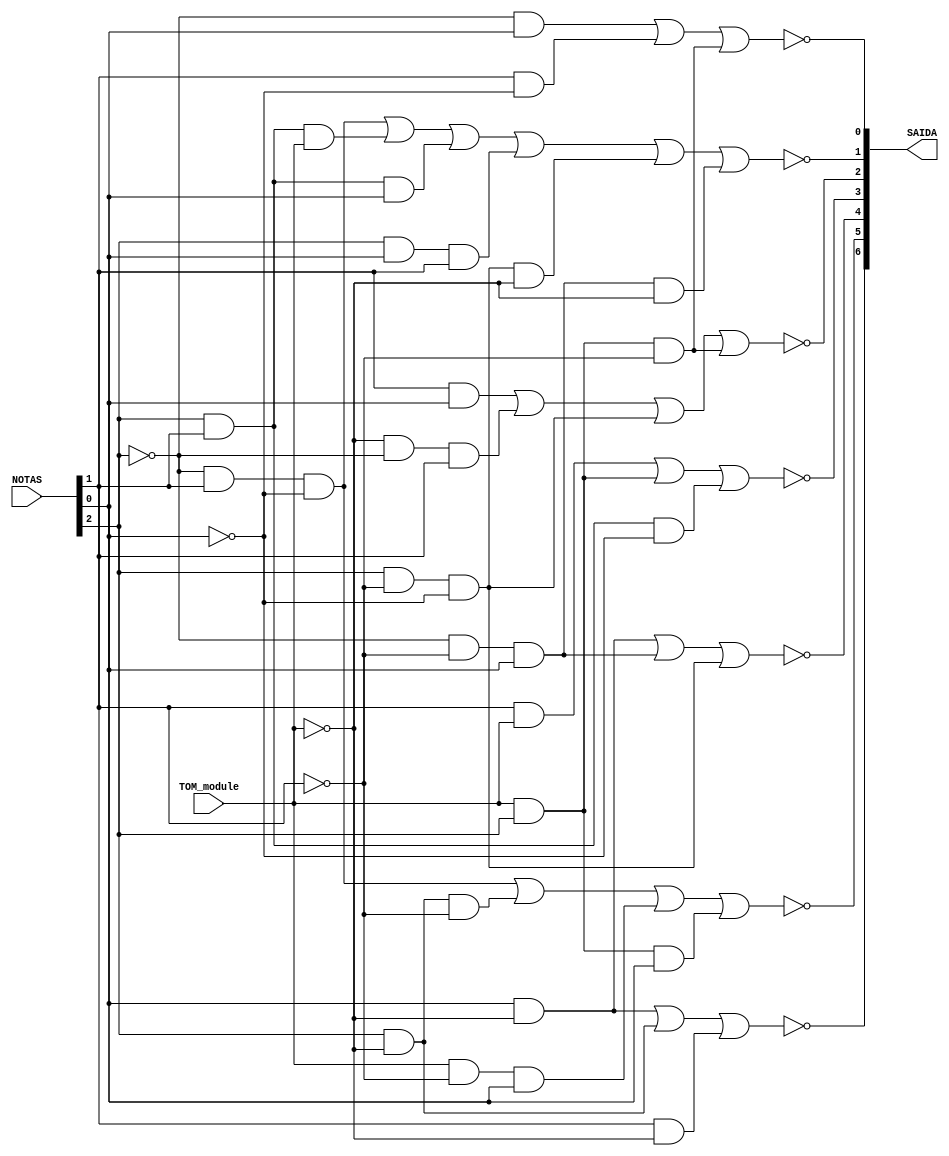
module ModuloDisp(TOM_module, NOTAS, SAIDA);

    input wire TOM_module;
    input wire [2:0] NOTAS;     // definindo uma entrada de 3 bits(barramento) como especificado no TP
    output wire [6:0] SAIDA;    // definindo uma saida de 7 bits igualmente especificado no TP

    // atribuindo as equaes booleanas s saidas

    assign SAIDA[6] = ~((NOTAS[0] & ~TOM_module) | (NOTAS[2] & ~TOM_module) | (NOTAS[1] & ~TOM_module));
    assign SAIDA[5] = ~((~NOTAS[2] & NOTAS[1] & ~NOTAS[0]) | (~TOM_module & NOTAS[2] & ~NOTAS[1]) | (TOM_module & ~NOTAS[1] & NOTAS[0]) | (TOM_module & NOTAS[2] & NOTAS[0]));
    assign SAIDA[4] = ~((NOTAS[0] & ~TOM_module) | (~NOTAS[2] & ~NOTAS[1] & NOTAS[0]) | (NOTAS[2] & ~NOTAS[1] & ~NOTAS[0]));
    assign SAIDA[3] = ~((NOTAS[1] & TOM_module) | (NOTAS[2] & TOM_module) | (NOTAS[2] & NOTAS[1] & ~NOTAS[0]));
    assign SAIDA[2] = ~((NOTAS[1] & NOTAS[0]) | (~TOM_module & ~NOTAS[2] & NOTAS[1]) | (NOTAS[2] & ~NOTAS[1] & ~NOTAS[0]) | (TOM_module & NOTAS[2] & ~NOTAS[1]));
    assign SAIDA[1] = ~((~NOTAS[2] & NOTAS[1] & ~NOTAS[0]) | (NOTAS[2] & NOTAS[1] & TOM_module) | (NOTAS[2] & NOTAS[1] & NOTAS[0]) | (NOTAS[2] & NOTAS[0] & NOTAS[1]) | (NOTAS[2] & ~NOTAS[1] & ~NOTAS[0] & ~TOM_module) | (~NOTAS[2] & ~NOTAS[1] & NOTAS[0] & ~TOM_module));
    assign SAIDA[0] = ~((~NOTAS[2] & NOTAS[0]) | (NOTAS[1] & ~NOTAS[0]) | (TOM_module & NOTAS[2] & ~NOTAS[1])); 

endmodule